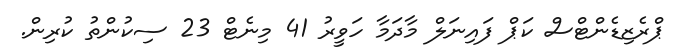
ޕްރެޒިޑެންޓްސް ކަޕް ފައިނަލް މާދަމާ ހަވީރު 41 މިނެޓް 23 ސިކުންތު ކުރިން.